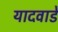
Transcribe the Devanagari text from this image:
यादवाडे